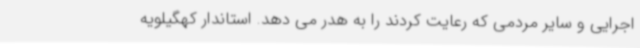
اجرایی و سایر مردمی که رعایت کردند را به هدر می دهد. استاندار کهگیلویه